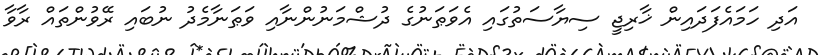
އަދި ހަމައެފަދައިން ޚާރިޖީ ސިޔާސަތުގައި އެވަޠަނުގެ ދުޝްމަނުންނާއި ވަޠަނާމެދު ނުބައި ރޭވުންތައް ރާވާ